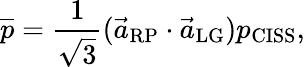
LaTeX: \overline{{p}}=\frac{1}{\sqrt{3}}(\vec{a}_{\mathrm{RP}}\cdot\vec{a}_{\mathrm{LG}})p_{\mathrm{CISS}},